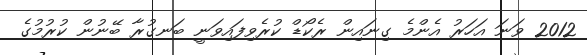
2012 ވަނަ އަހަރު އެންމެ ގިނައިން ރެކޯޑް ކުރެވިފައިވަނީ ބަނގުރާ ބޭނުން ކުރުމުގެ